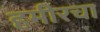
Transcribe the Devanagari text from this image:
हमीरचा